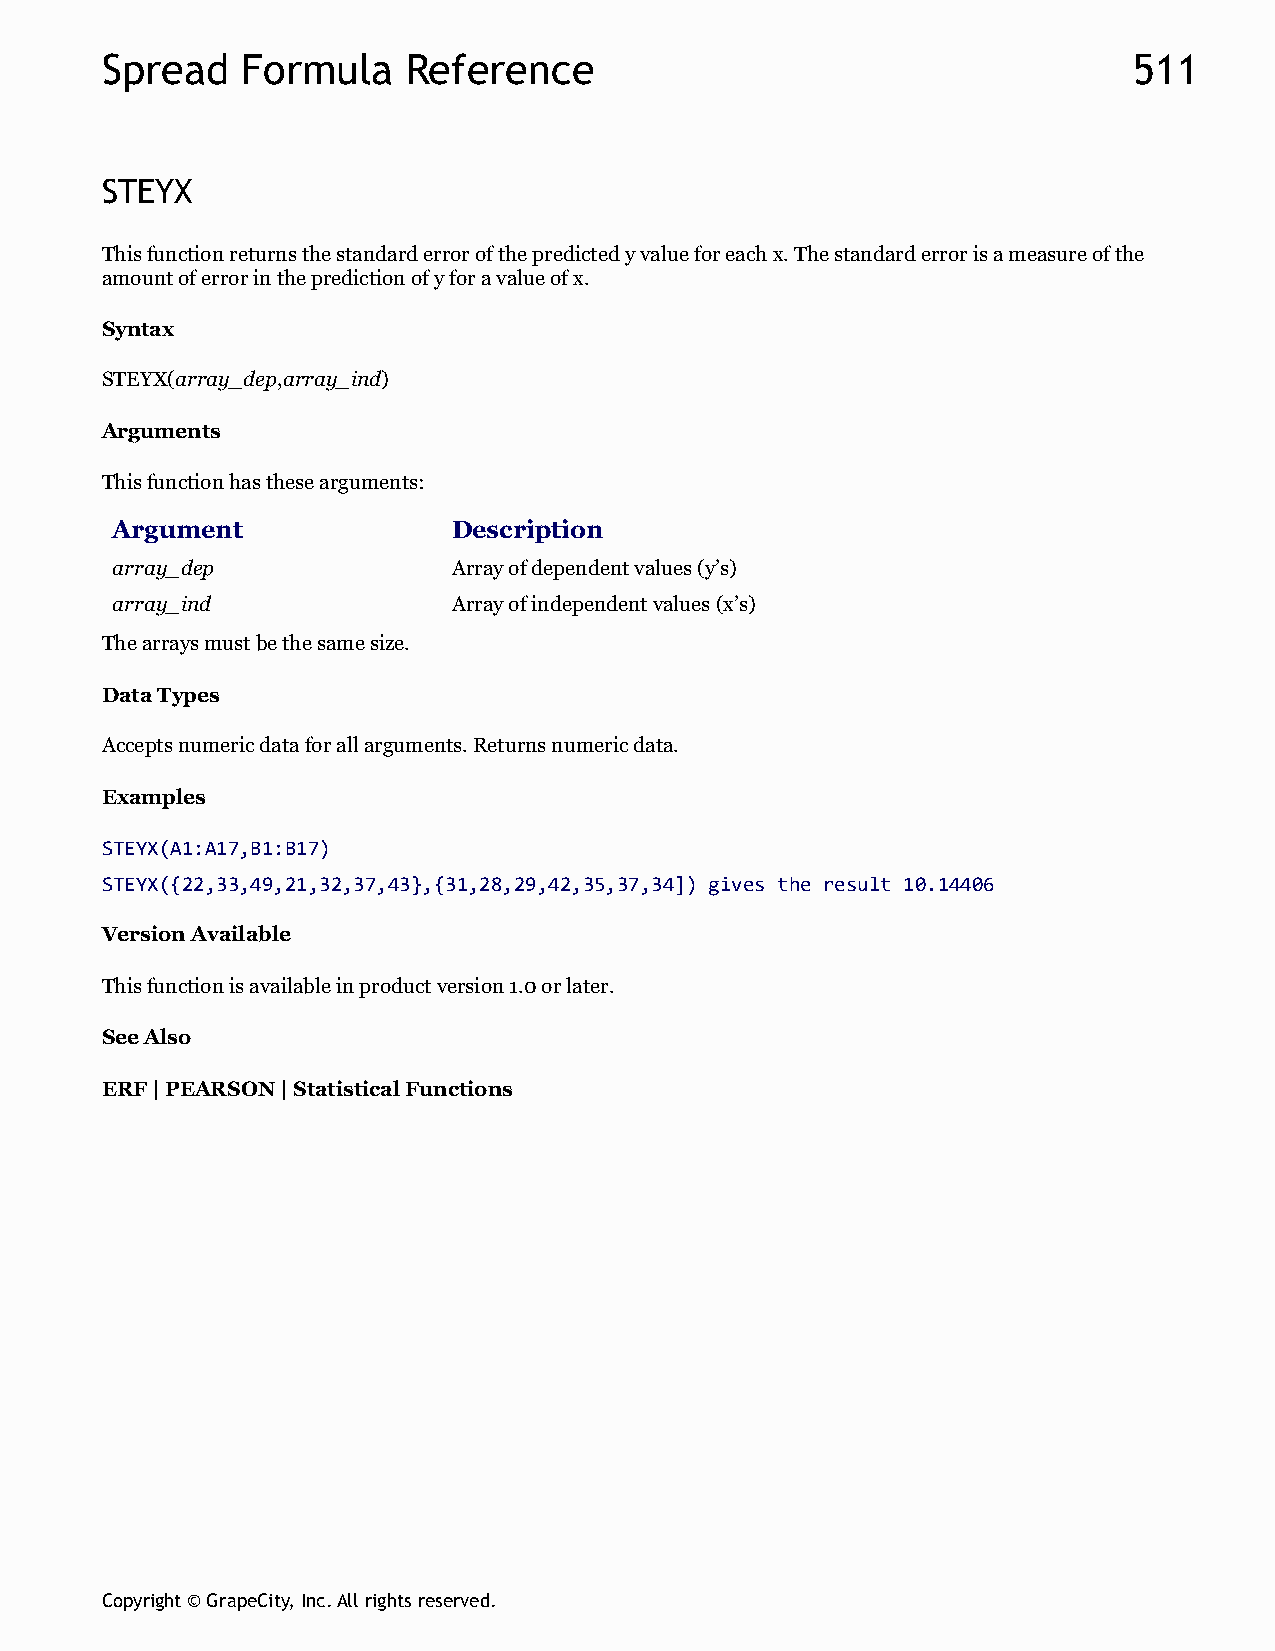
Spread   Formula    Reference                                       511
 STEYX
 This function returns the standard error of the predicted y value for each x. The standard error is a measure of the
 amount of error in the prediction of y for a value of x.
 Syntax
 STEYX(array_dep,array_ind)
 Arguments
 This function has these arguments:
 Argument               Description
 array_dep              Array of dependent values (y’s)
 array_ind              Array of independent values (x’s)
 The arrays must be the same size.
 Data Types
 Accepts numeric data for all arguments. Returns numeric data.
 Examples
 STEYX(A1:A17,B1:B17)
 STEYX({22,33,49,21,32,37,43},{31,28,29,42,35,37,34]) gives the result 10.14406
 Version Available
 This function is available in product version 1.0 or later.
 See Also
 ERF | PEARSON | Statistical Functions
 Copyright © GrapeCity, Inc. All rights reserved.